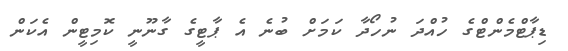
ޑިޕާޓްމެންޓްގެ ހުއްދަ ނުހޯދާ ކަމަށް ބުނެ އެ ޕާޓީގެ ގާނޫނީ ކޮމިޓީން އެކަން